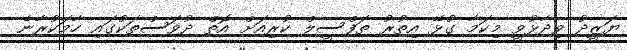
ޔަޒީދު ވިދާޅުވީ މިކަމާ ގުޅޭ އިތުރު ތަފްސީލް ކުރިއަށް އޮތް ދުވަސްތަކުގައި ހާމަކުރާނެ